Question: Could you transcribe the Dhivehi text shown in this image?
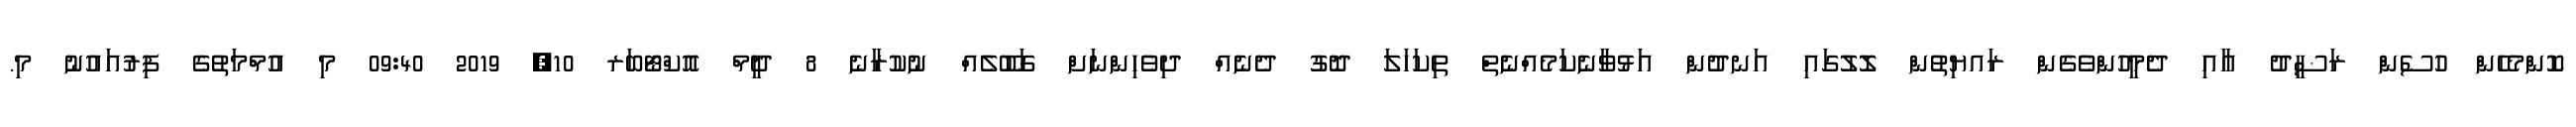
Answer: ކޮންމެހެން ހުސެން ރަޟީދު އާއި ދެމީހުންވެގެން ރައޔިތުން ލޮލުގައި އަނދުން އަޅުވާނެކަމެއްނެތް ތިކަހަލަ ދޮގު ދެނެއް ދިވެހިންނަށް ގަބޫލެއް ނުކުރާނެ 8 ދީމް އޮކްޓޯބަރ 10, 2019 09:40 މި އުމްމަތުގެ ފިރުއައުނު މި.